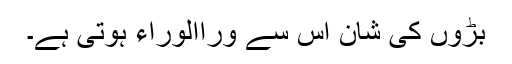
بڑوں کی شان اس سے وراالوراء ہوتی ہے۔